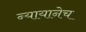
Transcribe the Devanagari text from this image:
न्यायानेच